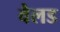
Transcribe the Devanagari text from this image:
वैलड